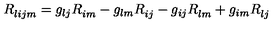
R _ { l i j m } ^ { { } } = g _ { l j } R _ { i m } ^ { { } } - g _ { l m } R _ { i j } ^ { { } } - g _ { i j } R _ { l m } ^ { { } } + g _ { i m } R _ { l j } ^ { { } }